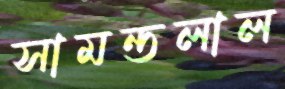
সামন্তলাল